Leaving Certificate Examination (including Day School Certificate (Higher) General paper), 1933
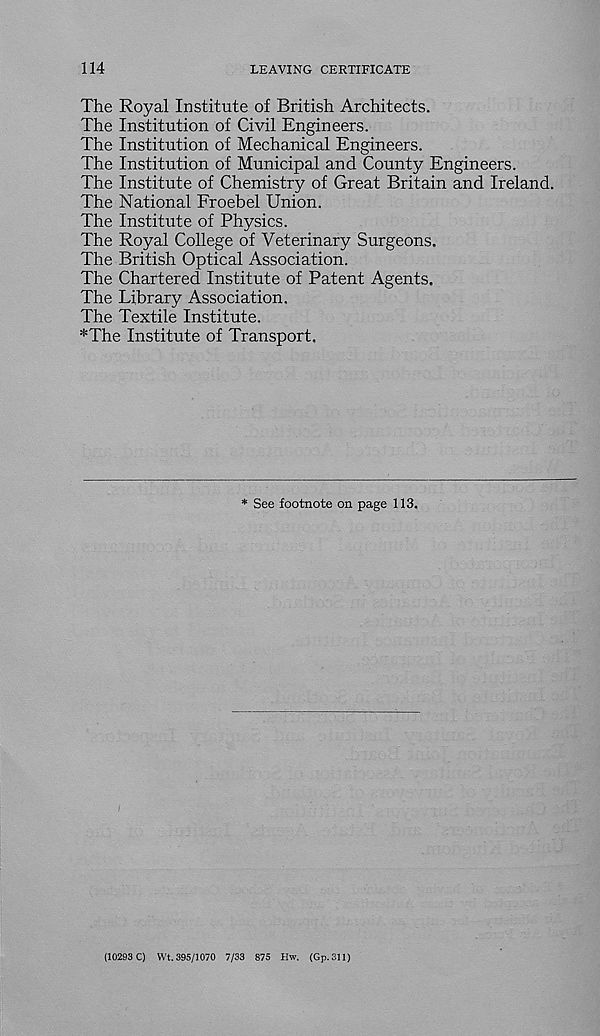
114
LEAVING CERTIFICATE
The Royal Institute of British Architects.
The Institution of Civil Engineers.
The Institution of Mechanical Engineers.
The Institution of Municipal and County Engineers.
The Institute of Chemistry of Great Britain and Ireland.
The National Froebel Union.
The Institute of Physics.
The Royal College of Veterinary Surgeons.
The British Optical Association.
The Chartered Institute of Patent Agents.
The Library Association.
The Textile Institute.
:,: The Institute of Transport.
* See footnote on page 113.
(10293 C) Wt. 395/1070 7/33 875 Hw. (Gp.311)